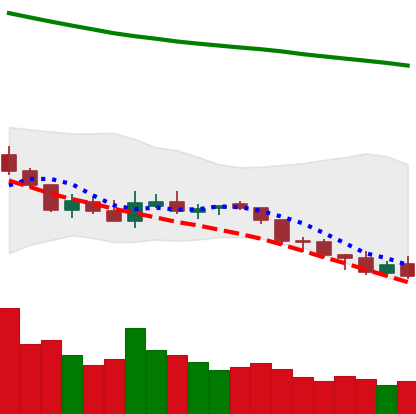
Ticker: NEO-USD
Chart end date: 2018-08-06
Forward return: -28.64%
Label: down_7plus